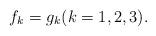
LaTeX: \begin{align*}f_k=g_k (k=1,2,3). \end{align*}